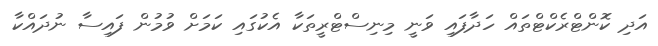
އަދި ކޮންޓްރެކްޓްތައް ހަދާފައި ވަނީ މިނިސްޓްރީތަކާ އެކުގައި ކަމަށް ވުމުން ފައިސާ ނުދައްކާ